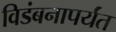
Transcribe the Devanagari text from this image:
विडंबनापर्यंत